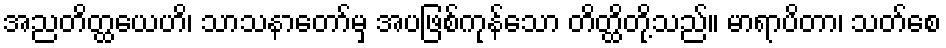
အညတိတ္ထယေဟိ၊ သာသနာတော်မှ အပဖြစ်ကုန်သော တိတ္ထိတို့သည်။ မာရာပိတာ၊ သတ်စေ